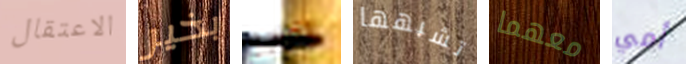
الاعتقال بخير التراجع تشبهها معهما أمي